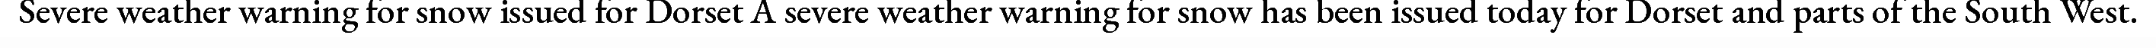
Severe weather warning for snow issued for Dorset A severe weather warning for snow has been issued today for Dorset and parts of the South West.